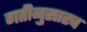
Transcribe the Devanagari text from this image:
गतीनुसारच